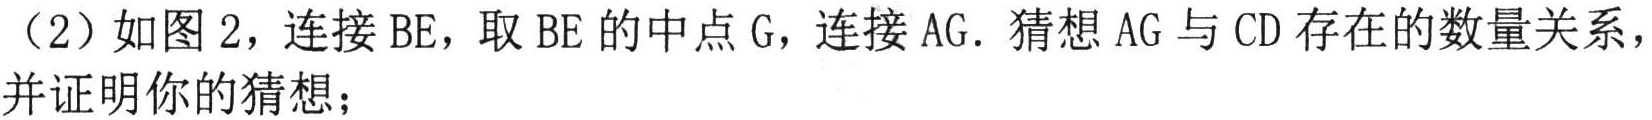
（2）如图2，连接BE，取BE的中点G，连接AG. 猜想AG与CD存在的数量关系，并证明你的猜想；